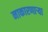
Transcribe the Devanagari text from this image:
नाकारणाऱ्या